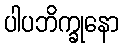
ပါပဘိက္ခုနော